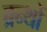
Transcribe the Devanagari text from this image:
ब्रन्थों